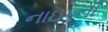
નાઇકની